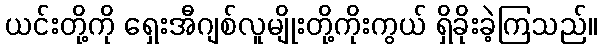
ယင်းတို့ကို ရှေးအီဂျစ်လူမျိုးတို့ကိုးကွယ် ရှိခိုးခဲ့ကြသည်။